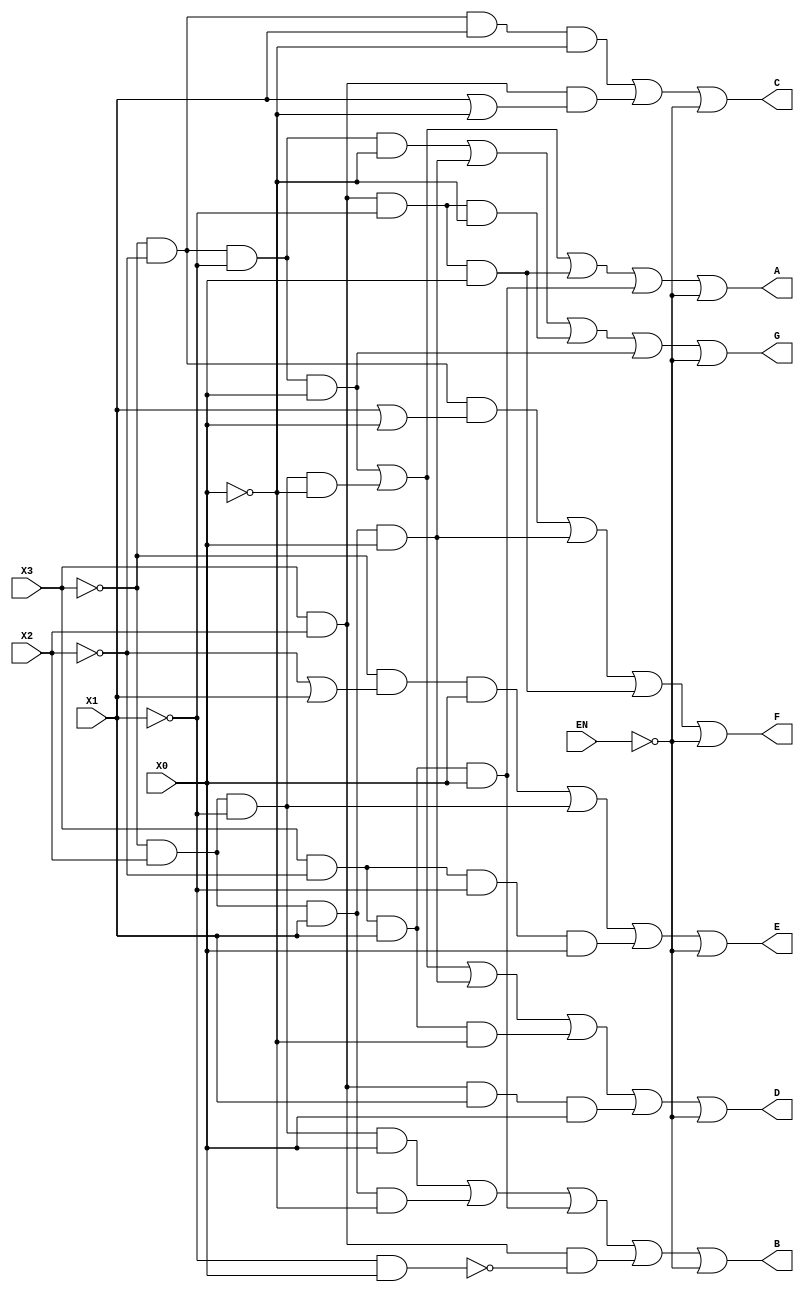
// This program was cloned from: https://github.com/ckugel/Reaction-Time-Game
// License: MIT License

`ifndef seven_seg_decoder_enable
`define seven_seg_decoder_enable

module seven_seg_decoder_enable(X3, X2, X1, X0, A, B, C, D, E, F, G, EN);
    input X3, X2, X1, X0, EN;
    output A, B, C, D, E, F, G;

    assign A = ((~X3 & ~X2 & ~X1 & X0) | (~X3 & X2 & ~X1 & ~X0) | (X3 & X2 & ~X1 & X0) | (X3 & ~X2 & X1 & X0)) | ~EN;
    assign B = ((~X3 & X2 & ~X1 & X0) | (~X3 & X2 & X1 & ~X0) | (X3 & ~X2 & X1 & X0) | (X3 & X2 & ~(~X1 & X0))) | ~EN;
    assign C = ((~X3 & ~X2 & X1 & ~X0) | (X3 & X2 & (X1 | ~X0))) | ~EN;
    assign D = ((~X3 & ~X2 & ~X1 & X0) | (~X3 & X2 & ~X1 & ~X0) | (~X3 & X2 & X1 & X0) | (X3 & ~X2 & X1 & ~X0) | (X3 & X2 & X1 & X0)) | ~EN;
    assign E = ((~X3 & (~X2 | X1) & X0) | (~X3 & X2 & ~X1) | (X3 & ~X2 & ~X1 & X0)) | ~EN;
    assign F = ((~X3 & ~X2 & (X1 | X0)) | (~X3 & X2 & X1 & X0) | (X3 & X2 & ~X1 & X0)) | ~EN;
    assign G = ((~X3 & ~X2 & ~X1 & ~X0) | (~X3 & X2 & X1 & X0) | (X3 & X2 & ~X1 & ~X0) | (~X3 & ~X2 & ~X1 & X0)) | ~EN;

endmodule

`endif